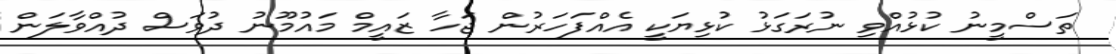
ތަސްމީނު ކުޅުއްވި ނުރަގަޅު ކުޅިޔަކީ އެއްފަހަރުން ޖަހާ ޒައީމް މައުމޫނު ދުވަސް ދުއްވާލަން